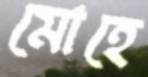
মোহে